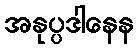
အနုပ္ပဒါနေန